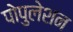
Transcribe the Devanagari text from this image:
पोपुलेशन